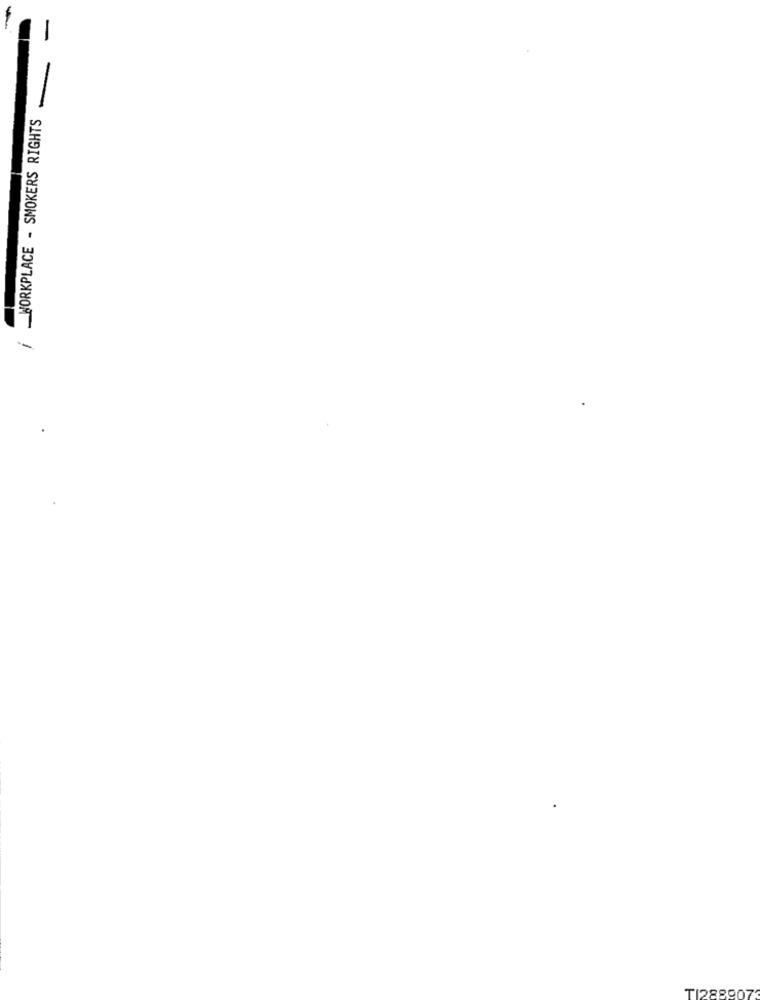
/ _WORKPLACE - SMOKERS RIGHTS
TI288907